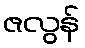
ဇလွန်